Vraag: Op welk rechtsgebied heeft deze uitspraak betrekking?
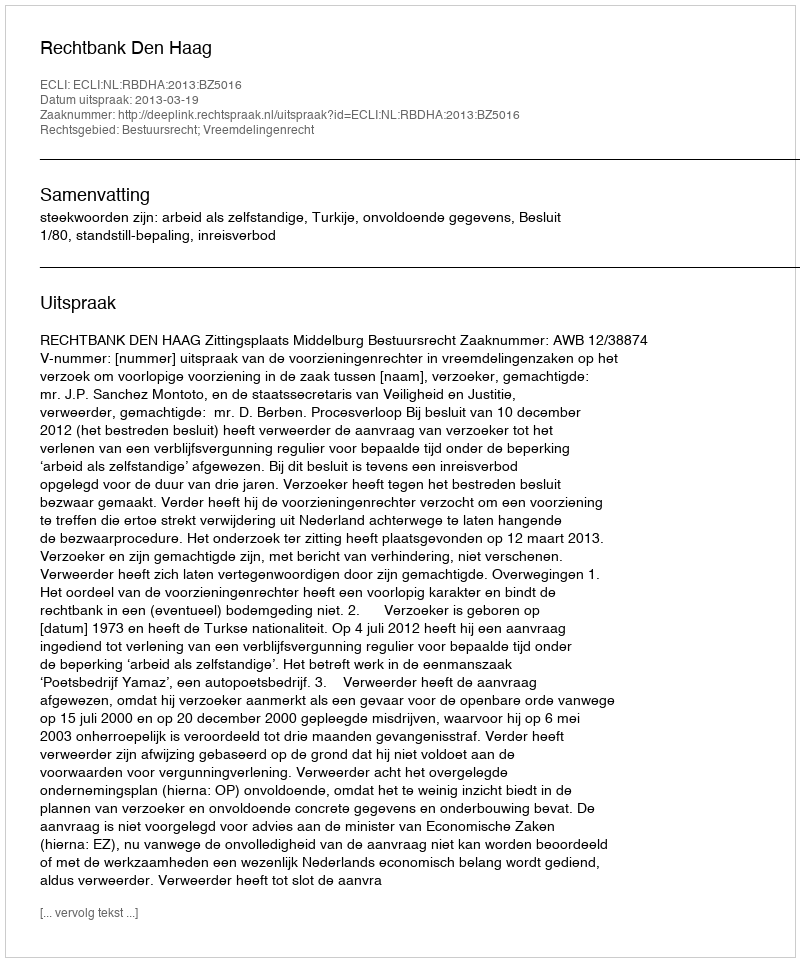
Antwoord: Bestuursrecht; Vreemdelingenrecht